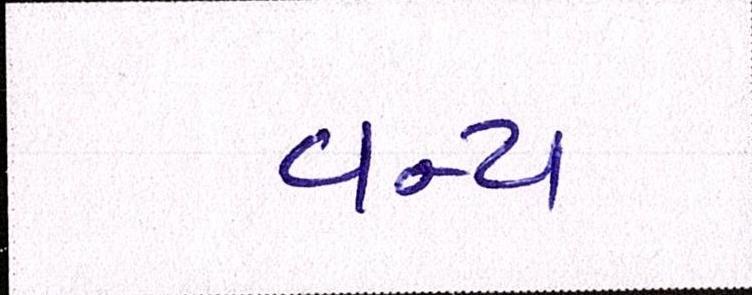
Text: વન્ય